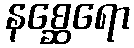
နစ္ဆေရော